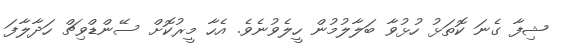
ޝިފާ ގެނަ ކޮތަޅު ހުޅުވާ ބަލާލުމުން ހީލެވުނެވެ. އެހާ މީރުކޮށް ސޭންޑްވިޗް ހަދާލާފަ